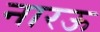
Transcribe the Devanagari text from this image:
नारऊ